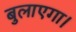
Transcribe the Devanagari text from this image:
बुलाएगा।